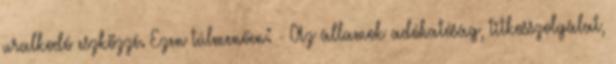
uralkodó eszközzé. Ezen túlmenően: - Az államok adóhatóság, titkosszolgálat,